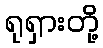
ရုရှားတို့